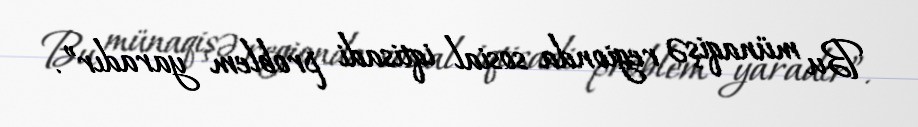
Bu münaqişə regionda sosial iqtisadi problem yaradır”.